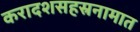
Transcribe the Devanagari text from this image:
करादशसहस्रनामात